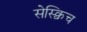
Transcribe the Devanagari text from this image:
सेस्क्विच